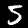
Label: 5